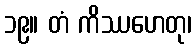
၁၉။ တံ ကိဿဟေတု၊